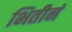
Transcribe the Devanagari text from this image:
भितीनं